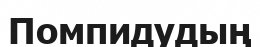
Помпидудың